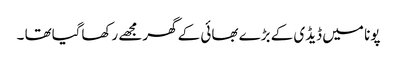
پونا میں ڈیڈی کے بڑے بھائی کے گھرمجھے رکھاگیاتھا ۔